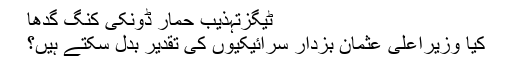
ٹیگزتہذیب حمار ڈونکی کنگ گدھا
کیا وزیراعلیٰ عثمان بزدار سرائیکیوں کی تقدیر بدل سکتے ہیں؟